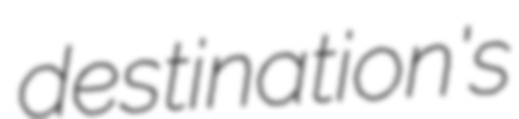
destination's